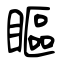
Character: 瞘